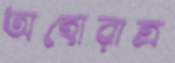
অহোরাত্র